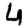
Digit: 4